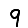
Digit: 9